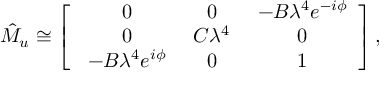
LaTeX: \hat { M } _ { u } \cong \left[ \begin{array} { c c c } { { \ 0 } } & { { \ 0 } } & { { \ - B \lambda ^ { 4 } e ^ { - i \phi } } } \\ { { \ 0 } } & { { \ C \lambda ^ { 4 } } } & { { \ 0 } } \\ { { \ - B \lambda ^ { 4 } e ^ { i \phi } } } & { { \ 0 } } & { { \ 1 } } \end{array} \right] ,